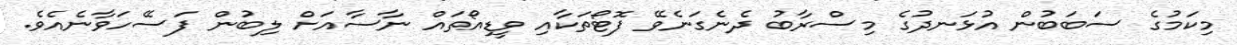
މިކަމުގެ ސަބަބުން އުޅަނދުގެ މިސްރާބު ދެނެގަނެވޭ ފޮޓޯތަކާއި ވީޑިއޯތައް ނާސާއަށް ލިބުން ފަސޭހަވާނެއެވެ.